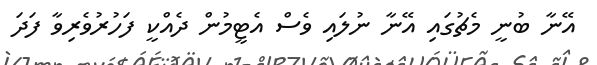
އޭނާ ބުނީ މެޗުގައި އޭނާ ނުލައި ވެސް އެޓީމުން ދެއްކީ ފަހުރުވެރިވާ ފަދަ